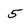
Character: 5